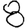
Digit: 8